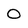
Character: 0